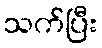
သက်ပြီး